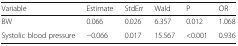
| Variable | Estimate | StdErr | Wald | P | OR |
 | --- | --- | --- | --- | --- | --- |
 | BW | 0.066 | 0.026 | 6.357 | 0.012 | 1.068 |
 | Systolic blood pressure | −0.066 | 0.017 | 15.567 | <0.001 | 0.936 |